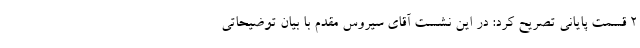
2 قسمت پایانی تصریح کرد: در این نشست آقای سیروس مقدم با بیان توضیحاتی